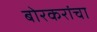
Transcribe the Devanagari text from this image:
बोरकरांचा